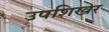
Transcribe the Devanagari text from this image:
उपशिखर